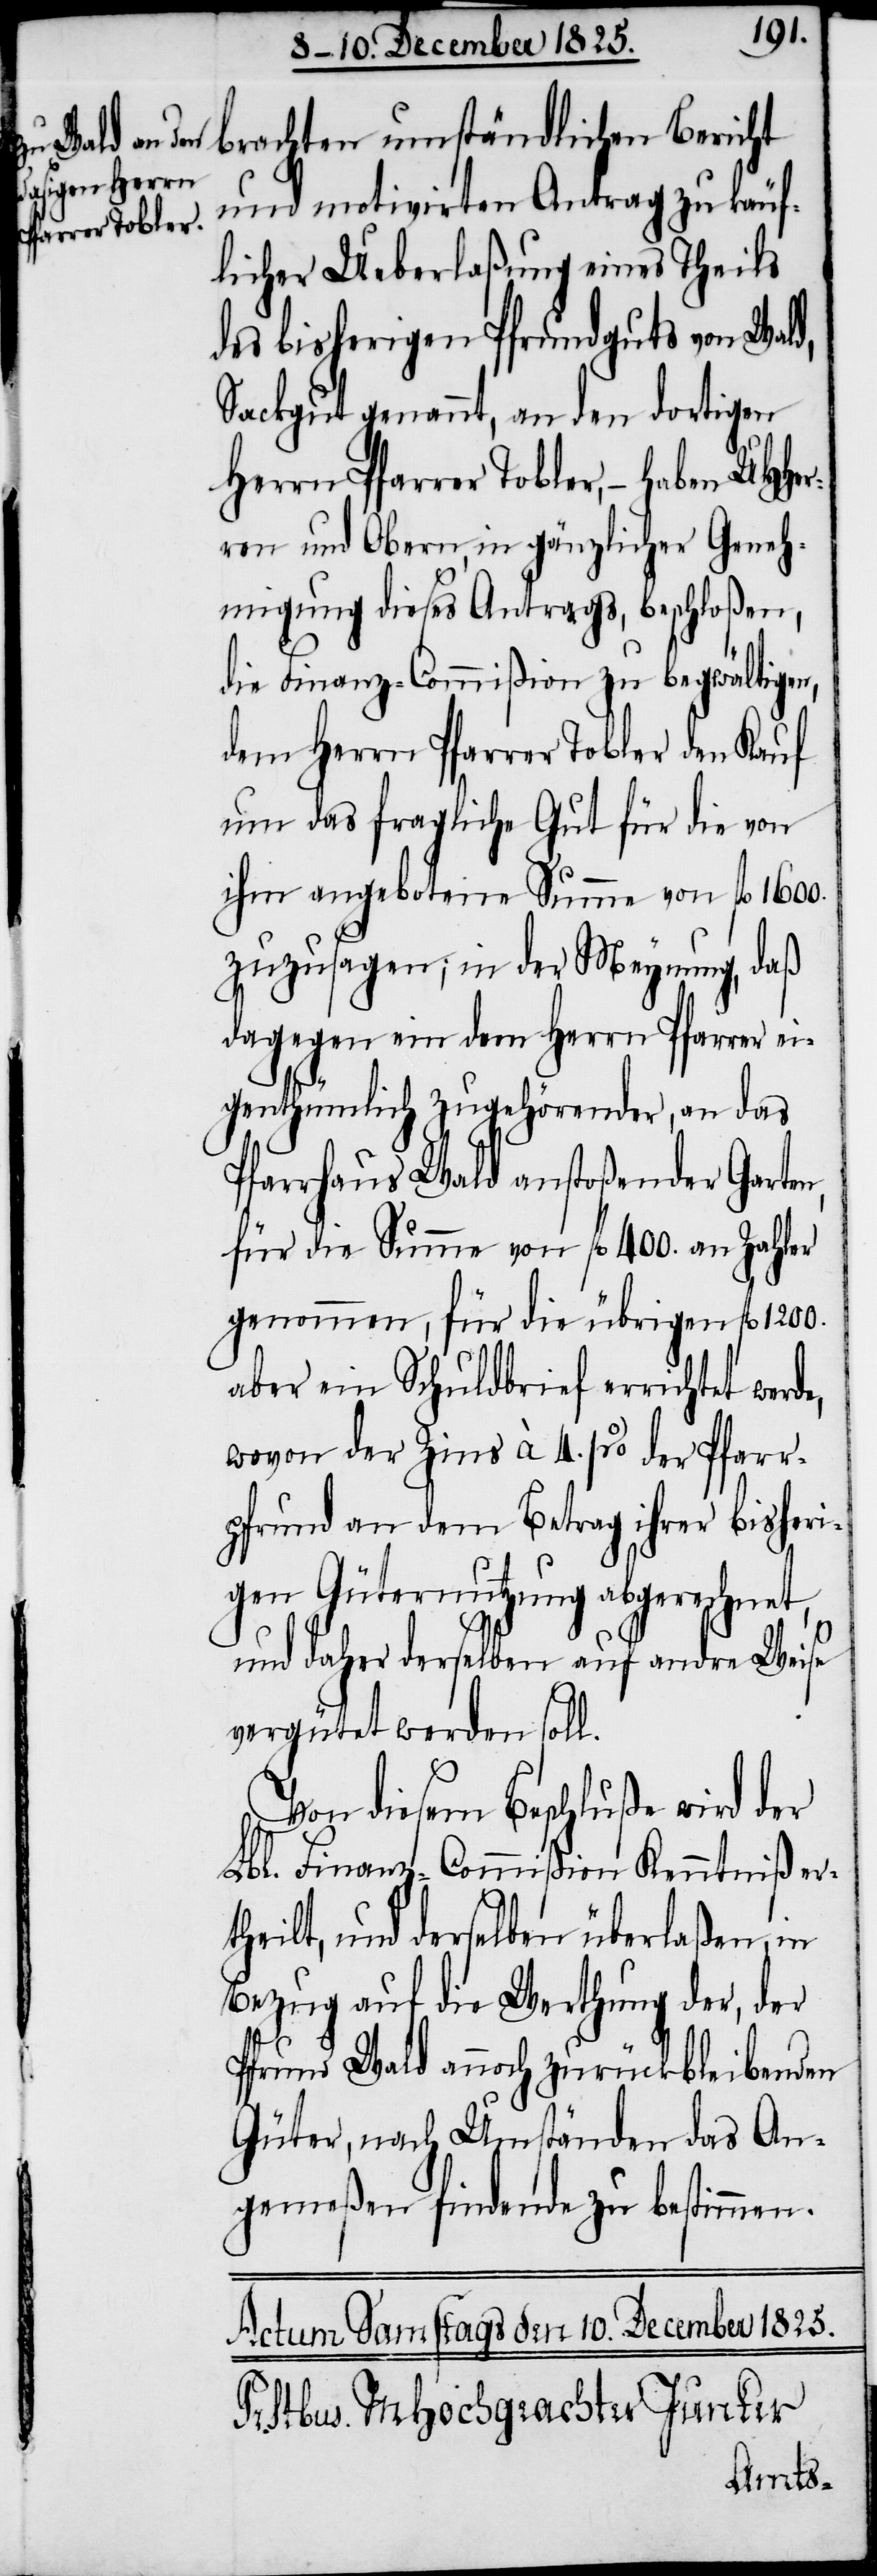
n,
brachten umständlichen Bericht
und motivirten Antrag zu käuf¬
licher Ueberlaßung eines Theils
des bisherigen Pfrundguts von Wald,
Sackgut genannt, an den dortigen
Herrn Pfarrer Tobler, – haben
ren und Obern, in gänzlicher Geneh¬
migung dieses Antrags, beschloßen,
die Finanz-Commißion zu begwältigen,
dem Herrn Pfarrer Tobler den Kauf
um das fragliche Gut für die von
ihm angebotene Summe von fl. 1600.
zuzusagen; in der Meynung, daß
dagegen ein dem Herrn Pfarrer ei¬
genthümlich zugehörender, an das
Pfarrhaus Wald anstoßender Garte¬
für die Summe von fl. 400. an Zahler
genommen, für die übrigen fl. 1200.
aber ein Schuldbrief errichtet werde,
wovon der Zins à 4. % der Pfarr¬
pfrund an dem Betrag ihrer bisheri¬
gen Güternutzung abgerechnet,
und daher derselben auf andre Weise
vergütet werden soll.
Von diesem Beschluße wird der
Lbl. Finanz-Commißion Kenntniß er¬
theilt, und derselben überlaßen, in
Bezug auf die Werthung der, der
Pfrund Wald annoch zurückbleibenden
Güter, nach Umständen das An¬
gemeßen findende zu bestimmen.
UHHer¬